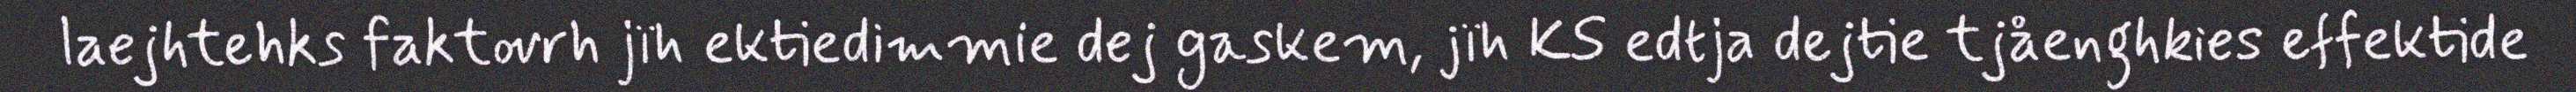
laejhtehks faktovrh jïh ektiedimmie dej gaskem, jïh KS edtja dejtie tjåenghkies effektide